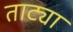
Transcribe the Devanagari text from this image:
ताट्या